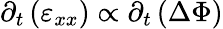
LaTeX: \partial_{t}\left(\varepsilon_{xx}\right)\propto\partial_{t}\left(\Delta\Phi\right)